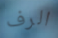
الرف